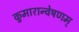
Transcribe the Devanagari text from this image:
कुमारान्वेषणम्